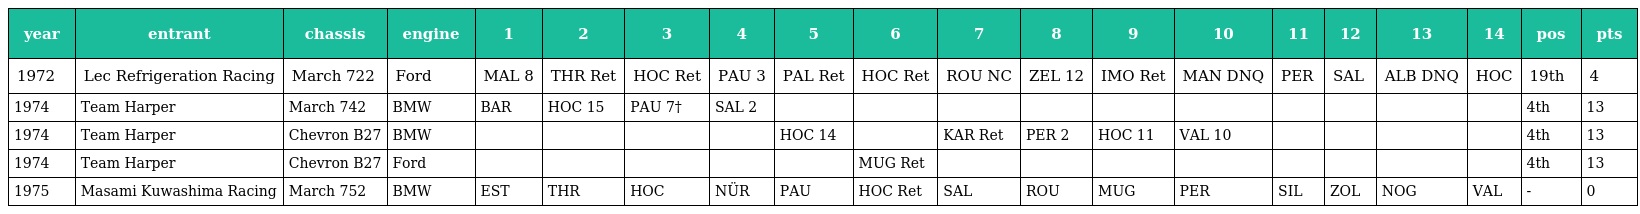
| year | entrant | chassis | engine | 1 | 2 | 3 | 4 | 5 | 6 | 7 | 8 | 9 | 10 | 11 | 12 | 13 | 14 | pos | pts |
 | --- | --- | --- | --- | --- | --- | --- | --- | --- | --- | --- | --- | --- | --- | --- | --- | --- | --- | --- | --- |
 | 1972 | Lec Refrigeration Racing | March 722 | Ford | MAL 8 | THR Ret | HOC Ret | PAU 3 | PAL Ret | HOC Ret | ROU NC | ZEL 12 | IMO Ret | MAN DNQ | PER | SAL | ALB DNQ | HOC | 19th | 4 |
 | 1974 | Team Harper | March 742 | BMW | BAR | HOC 15 | PAU 7† | SAL 2 |  |  |  |  |  |  |  |  |  |  | 4th | 13 |
 | 1974 | Team Harper | Chevron B27 | BMW |  |  |  |  | HOC 14 |  | KAR Ret | PER 2 | HOC 11 | VAL 10 |  |  |  |  | 4th | 13 |
 | 1974 | Team Harper | Chevron B27 | Ford |  |  |  |  |  | MUG Ret |  |  |  |  |  |  |  |  | 4th | 13 |
 | 1975 | Masami Kuwashima Racing | March 752 | BMW | EST | THR | HOC | NÜR | PAU | HOC Ret | SAL | ROU | MUG | PER | SIL | ZOL | NOG | VAL | - | 0 |